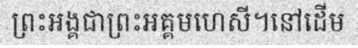
ព្រះអង្គជាព្រះអគ្គមហេសី។នៅដើម